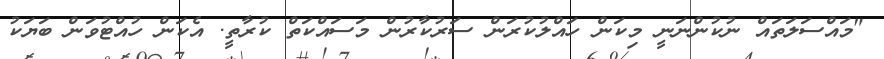
"މައްސަލަތައް ނުކުންނަނީ މިކަން ހައްލުކުރަން ސަރުކާރުން މަސައްކަތް ކުރާތީ. އެކަން ހުއްޓުވަން ބަޔަކު